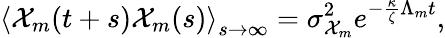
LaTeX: \left<\mathcal{X}_{m}(t+s)\mathcal{X}_{m}(s)\right>_{s\to\infty}=\sigma_{\mathcal{X}_{m}}^{2}e^{-\frac{\kappa}{\zeta}\Lambda_{m}t},